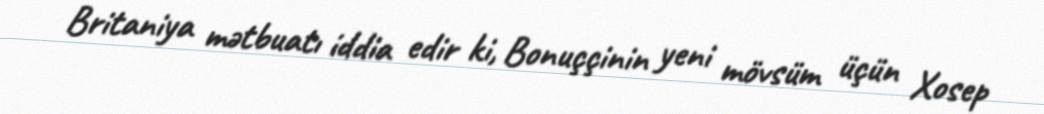
Britaniya mətbuatı iddia edir ki, Bonuççinin yeni mövsüm üçün Xosep